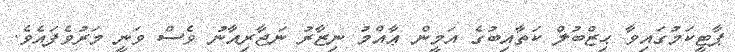
ޕާޓީކަމުގައިވާ ޙިޒްބުލް ކަތާއިބުގެ އަމީން ޢާއްމު ނިޒާރު ނަޖާރިއާނު ވެސް ވަނީ މަރުވެފައެވެ.